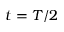
t = T / 2